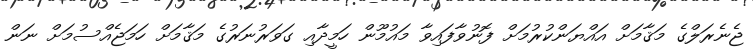
ޖެނެރަލްގެ މަޤާމަށް އައްޔަންކުރުމަށް ފޮނުވާފައިވާ މައުމޫން ހަމީދާއި ގަވަރުނަރުގެ މަޤާމަށް ހަމަޖެއްސުމަށް ނަން